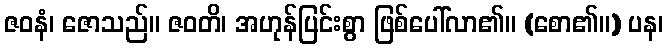
ဇဝနံ၊ ဇောသည်။ ဇဝတိ၊ အဟုန်ပြင်းစွာ ဖြစ်ပေါ်လာ၏။ (စော၏။) ပန၊